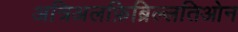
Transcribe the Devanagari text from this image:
अत्रिअलफ़िब्रिल्लतिओन